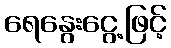
ရေနွေးငွေ့ဖြင့်